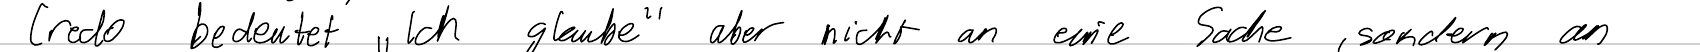
Credo bedeutet "Ich glaube" aber nicht an eine Sache, sondern an